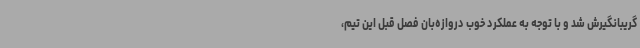
گریبانگیرش شد و با توجه به عملکرد خوب دروازه‌بان فصل قبل این تیم،